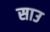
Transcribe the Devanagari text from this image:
साउ